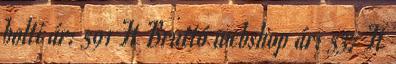
bolti ár: 591 Ft Bruttó webshop ár: 537 Ft